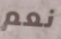
نعم